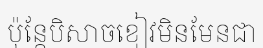
ប៉ុន្តែបិសាចខៀវមិនមែនជា